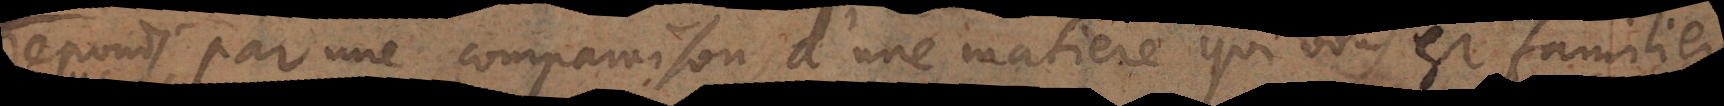
reponds par une comparaison d’une matiere qui vous est famili